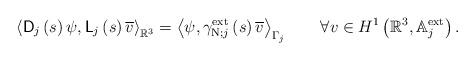
LaTeX: \begin{align*}\left\langle \mathsf{D}_{j}\left( s\right) \psi,\mathsf{L}_{j}\left(s\right) \overline{v}\right\rangle _{\mathbb{R}^{3}}=\left\langle \psi,\gamma_{\operatorname*{N};j}^{\operatorname*{ext}}\left( s\right)\overline{v}\right\rangle _{\Gamma_{j}}\qquad\forall v\in H^{1}\left(\mathbb{R}^{3},\mathbb{A}_{j}^{\operatorname*{ext}}\right) . \end{align*}